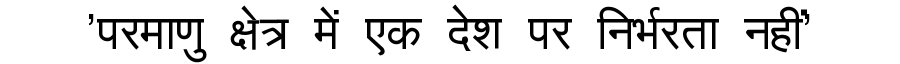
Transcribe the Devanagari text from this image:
'परमाणु क्षेत्र में एक देश पर निर्भरता नहीं'